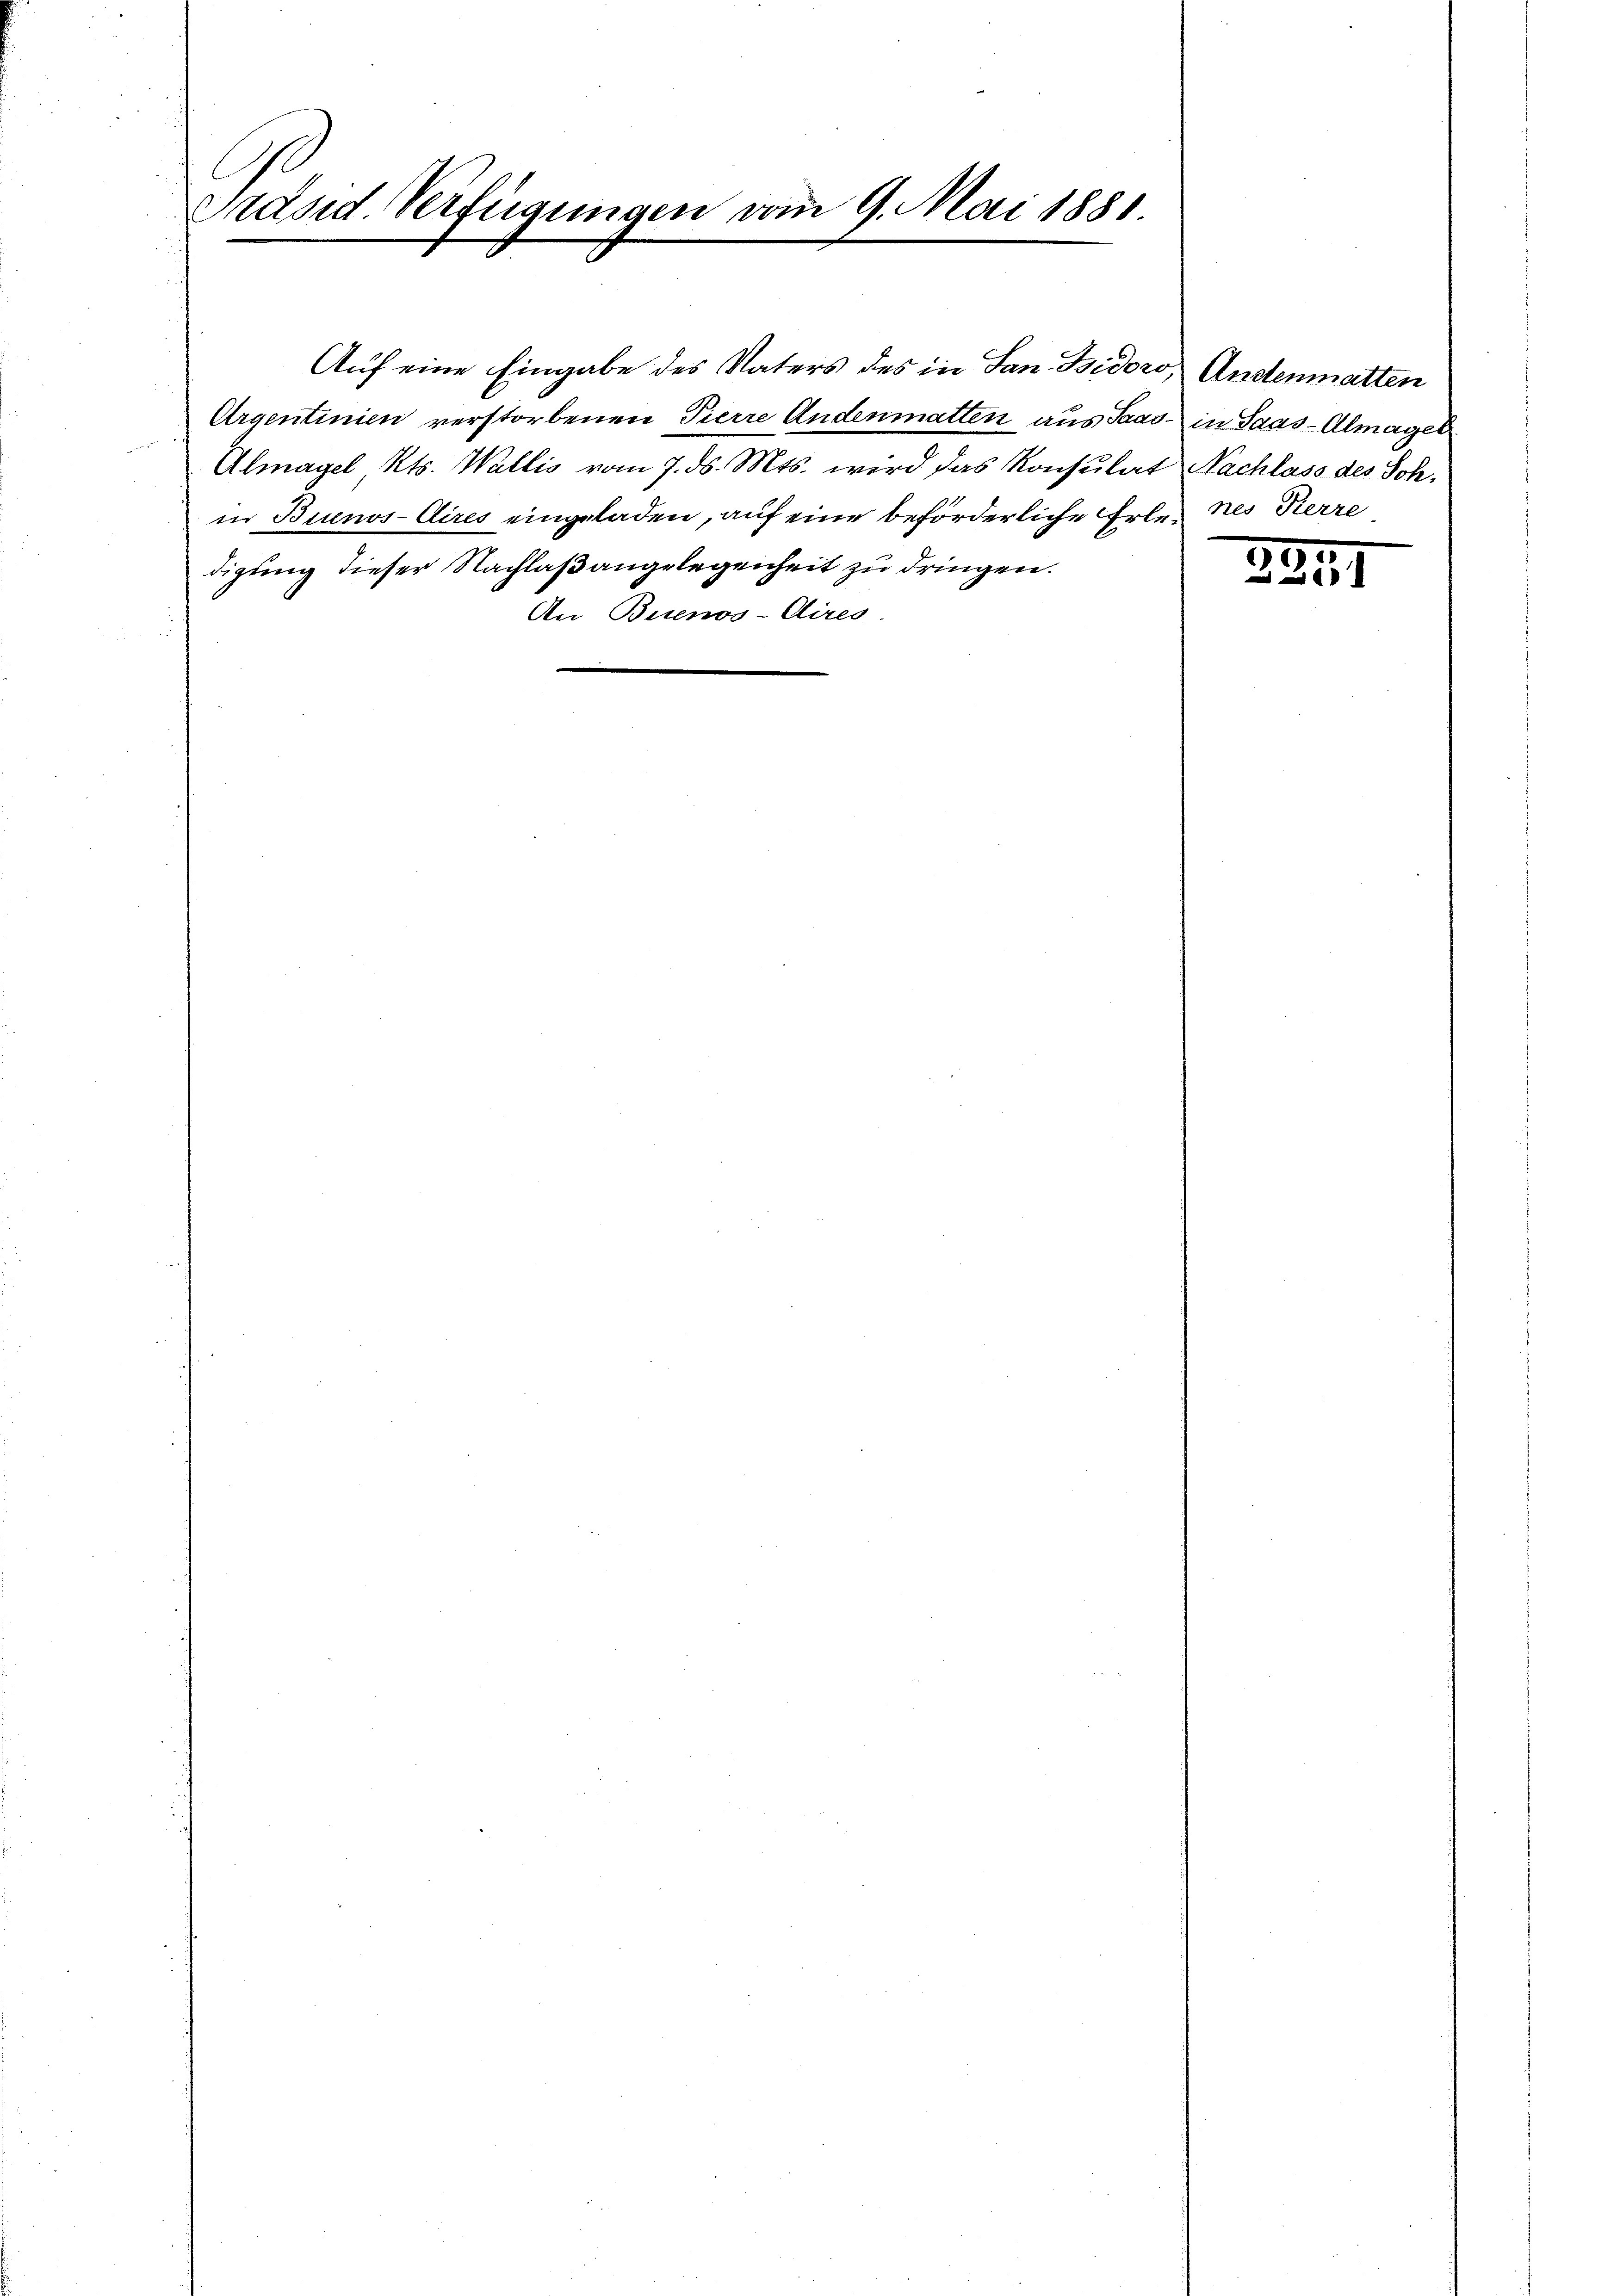
Präsid. Verfügungen vom 9. Mai 1881.

Argentinien verstorbenen Pierre Andenmatten aus Paad in Saas-Almagen
Almagel Kts. Wallis vom 7. ds. Mts. wird das Konsulat
in Buenos-Aires eingeladen, auf eine beförderliche Erdigung dieser Nachlaßangelegenheit zu dringen.
An Buenos-Aires.

Auf eine Eingabe des Vaters des in San Bsidoro, Anstenmatten

Nachlass des Sch.
Ernes Herre

395
2251